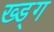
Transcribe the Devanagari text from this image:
ख्ड्ग